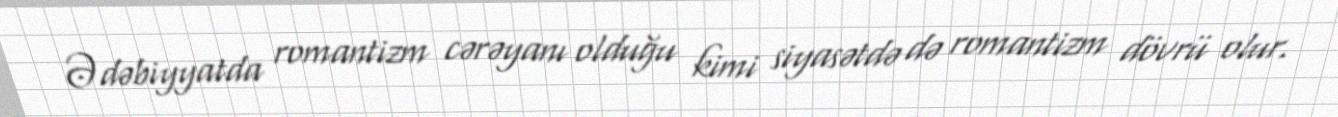
Ədəbiyyatda romantizm cərəyanı olduğu kimi siyasətdə də romantizm dövrü olur.